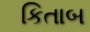
કિતાબ